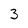
Character: 3